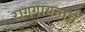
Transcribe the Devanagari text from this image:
रागगायनाचे